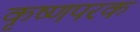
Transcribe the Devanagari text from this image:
कृष्णपरक